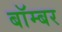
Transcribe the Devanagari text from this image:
बाॅम्बर